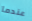
عندما